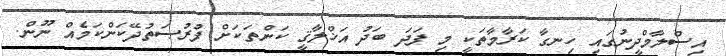
އިސްލާމްދީނުގައި ހިނގާ ކަރާމާތަކީ މި ފަދަ ބަދު އަޚްލާޤީ ކަންތަކަށް ފުރުޞަތުދޭކަންކަމެއް ނޫން.